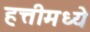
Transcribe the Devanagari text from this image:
हत्तीमध्ये